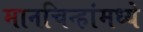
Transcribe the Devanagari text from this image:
मानचिन्हांमध्ये